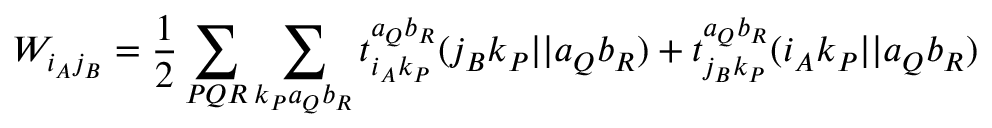
W _ { i _ { A } j _ { B } } = \frac { 1 } { 2 } \sum _ { P Q R } \sum _ { k _ { P } a _ { Q } b _ { R } } t _ { i _ { A } k _ { P } } ^ { a _ { Q } b _ { R } } ( j _ { B } k _ { P } | | a _ { Q } b _ { R } ) + t _ { j _ { B } k _ { P } } ^ { a _ { Q } b _ { R } } ( i _ { A } k _ { P } | | a _ { Q } b _ { R } )